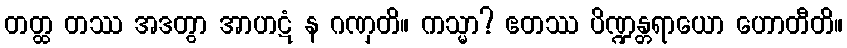
တတ္ထ တဿ အဒတွာ အာဟဋံ န ဂဏှတိ။ ကသ္မာ? ဧတဿ ပိဏ္ဍန္တရာယော ဟောတီတိ။